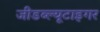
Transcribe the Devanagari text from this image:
जीडब्ल्यूटाइगर